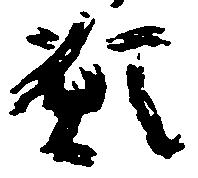
願